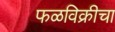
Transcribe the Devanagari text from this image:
फळविक्रीचा